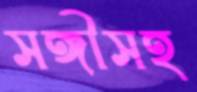
সঙ্গীসহ